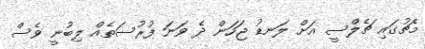
މެޗުގައި ޗެލްސީ އަށް ލަނޑު ޖަހަން ދެ ވަނަ ފުރުސަތެއް ލިބުނީ ވެސް